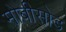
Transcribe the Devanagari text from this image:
मोबीसोड